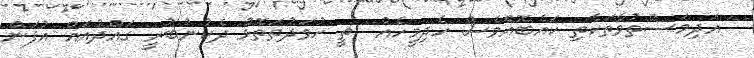
އަދިމަސްތުވާތަކެތި ކައެބޮއެވެސް ހެދިމީހެއް  ތީ ހުވަދުތަތޮޅު ދެކުނުބުރީ ގައްދުއައް އުފަން